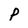
Character: p